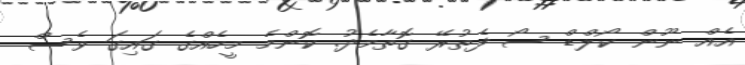
އެއް ނޫން ކޯލްޑް ސޯ ފެތުރޭ ގޮތާމެދު. ކޮންމެ މީހެއްގެ ގައިގަ ވެސް